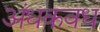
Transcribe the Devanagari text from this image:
अंधकवध